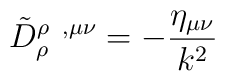
\tilde D^{\rho\;\; ,\mu\nu}_\rho=-\frac{\eta_{\mu\nu}}{k^2}